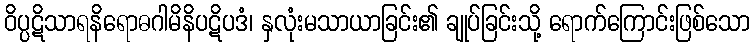
ဝိပ္ပဋိသာရနိရောဓဂါမိနိပဋိပဒံ၊ နှလုံးမသာယာခြင်း၏ ချုပ်ခြင်းသို့ ရောက်ကြောင်းဖြစ်သော